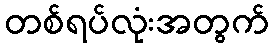
တစ်ရပ်လုံးအတွက်